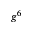
g ^ { 6 }